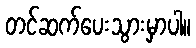
တင်ဆက်ပေးသွားမှာပါ။